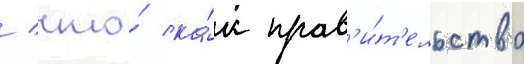
/ что́ ка́к прав'и́т'ельство